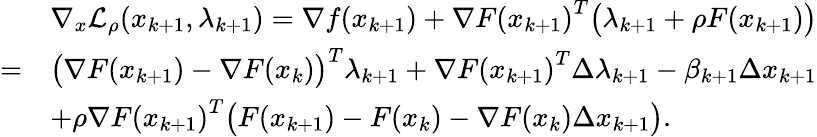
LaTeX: \begin{array}{rl}&{\nabla_{x}\mathcal{L}_{\rho}(x_{k+1},\lambda_{k+1})=\nabla f(x_{k+1})+{\nabla F(x_{k+1})}^{T}\big(\lambda_{k+1}+\rho F(x_{k+1})\big)}\\ {=}&{\big({\nabla F(x_{k+1})}-{\nabla F(x_{k})}\big)^{T}\lambda_{k+1}+{\nabla F(x_{k+1})}^{T}\Delta\lambda_{k+1}-\beta_{k+1}\Delta x_{k+1}}\\ &{+\rho{\nabla F(x_{k+1})}^{T}\big(F(x_{k+1})-F(x_{k})-\nabla F(x_{k})\Delta x_{k+1}\big).}\end{array}